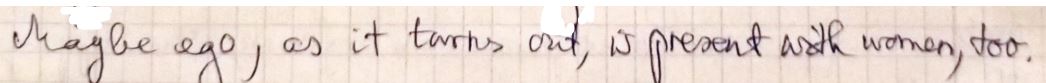
Maybe ago, as it turns out, is present with women, too.